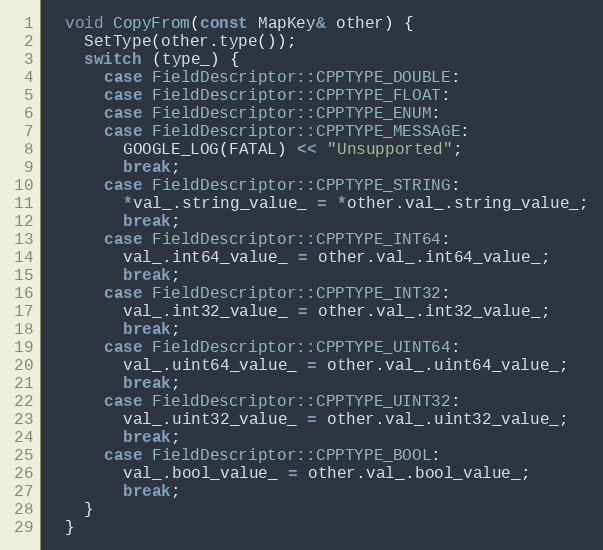
Language: C
  void CopyFrom(const MapKey& other) {
    SetType(other.type());
    switch (type_) {
      case FieldDescriptor::CPPTYPE_DOUBLE:
      case FieldDescriptor::CPPTYPE_FLOAT:
      case FieldDescriptor::CPPTYPE_ENUM:
      case FieldDescriptor::CPPTYPE_MESSAGE:
        GOOGLE_LOG(FATAL) << "Unsupported";
        break;
      case FieldDescriptor::CPPTYPE_STRING:
        *val_.string_value_ = *other.val_.string_value_;
        break;
      case FieldDescriptor::CPPTYPE_INT64:
        val_.int64_value_ = other.val_.int64_value_;
        break;
      case FieldDescriptor::CPPTYPE_INT32:
        val_.int32_value_ = other.val_.int32_value_;
        break;
      case FieldDescriptor::CPPTYPE_UINT64:
        val_.uint64_value_ = other.val_.uint64_value_;
        break;
      case FieldDescriptor::CPPTYPE_UINT32:
        val_.uint32_value_ = other.val_.uint32_value_;
        break;
      case FieldDescriptor::CPPTYPE_BOOL:
        val_.bool_value_ = other.val_.bool_value_;
        break;
    }
  }